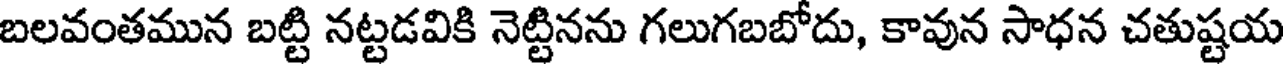
బలవంతమున బట్టి నట్టడవికి నెట్టినను గలుగబబోదు, కావున సాధన చతుష్టయ